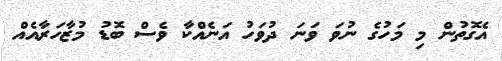
އެގޮތުން މި މަހުގެ ނުވަ ވަނަ ދުވަހު އަނެއްކާ ވެސް ބޮޑު މުޒާހަރާއެއް